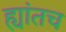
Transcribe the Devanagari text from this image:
ह्यांतच